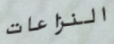
النزاعات